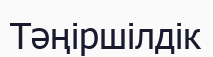
Тәңіршілдік